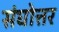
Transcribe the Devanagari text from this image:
संघोत्तर